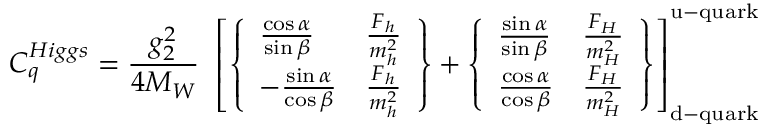
C _ { q } ^ { H i g g s } = { \frac { g _ { 2 } ^ { 2 } } { 4 M _ { W } } } ~ \left[ \left\{ \begin{array} { l l } { { { \frac { \cos \alpha } { \sin \beta } } } } & { { { \frac { F _ { h } } { m _ { h } ^ { 2 } } } } } \\ { { - { \frac { \sin \alpha } { \cos \beta } } } } & { { { \frac { F _ { h } } { m _ { h } ^ { 2 } } } } } \end{array} \right\} + \left\{ \begin{array} { l l } { { { \frac { \sin \alpha } { \sin \beta } } } } & { { { \frac { F _ { H } } { m _ { H } ^ { 2 } } } } } \\ { { { \frac { \cos \alpha } { \cos \beta } } } } & { { { \frac { F _ { H } } { m _ { H } ^ { 2 } } } } } \end{array} \right\} \right] _ { \mathrm { d - q u a r k } } ^ { \mathrm { u - q u a r k } }